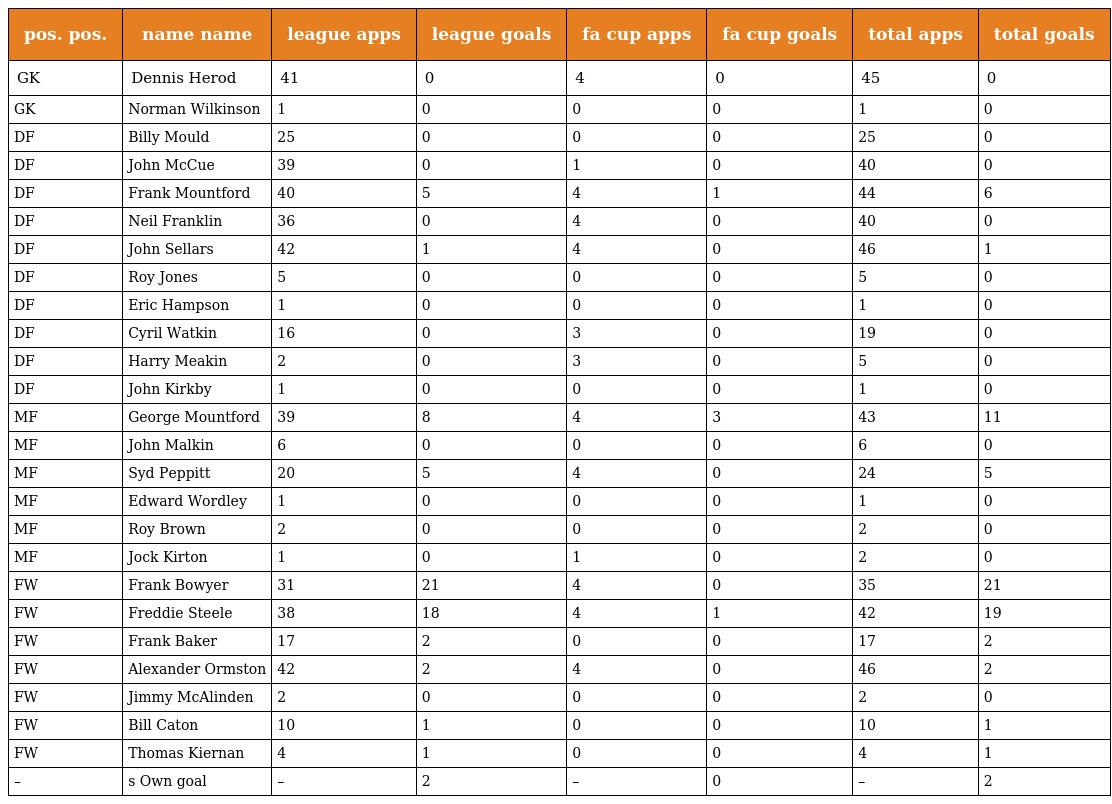
| pos. pos. | name name | league apps | league goals | fa cup apps | fa cup goals | total apps | total goals |
 | --- | --- | --- | --- | --- | --- | --- | --- |
 | GK | Dennis Herod | 41 | 0 | 4 | 0 | 45 | 0 |
 | GK | Norman Wilkinson | 1 | 0 | 0 | 0 | 1 | 0 |
 | DF | Billy Mould | 25 | 0 | 0 | 0 | 25 | 0 |
 | DF | John McCue | 39 | 0 | 1 | 0 | 40 | 0 |
 | DF | Frank Mountford | 40 | 5 | 4 | 1 | 44 | 6 |
 | DF | Neil Franklin | 36 | 0 | 4 | 0 | 40 | 0 |
 | DF | John Sellars | 42 | 1 | 4 | 0 | 46 | 1 |
 | DF | Roy Jones | 5 | 0 | 0 | 0 | 5 | 0 |
 | DF | Eric Hampson | 1 | 0 | 0 | 0 | 1 | 0 |
 | DF | Cyril Watkin | 16 | 0 | 3 | 0 | 19 | 0 |
 | DF | Harry Meakin | 2 | 0 | 3 | 0 | 5 | 0 |
 | DF | John Kirkby | 1 | 0 | 0 | 0 | 1 | 0 |
 | MF | George Mountford | 39 | 8 | 4 | 3 | 43 | 11 |
 | MF | John Malkin | 6 | 0 | 0 | 0 | 6 | 0 |
 | MF | Syd Peppitt | 20 | 5 | 4 | 0 | 24 | 5 |
 | MF | Edward Wordley | 1 | 0 | 0 | 0 | 1 | 0 |
 | MF | Roy Brown | 2 | 0 | 0 | 0 | 2 | 0 |
 | MF | Jock Kirton | 1 | 0 | 1 | 0 | 2 | 0 |
 | FW | Frank Bowyer | 31 | 21 | 4 | 0 | 35 | 21 |
 | FW | Freddie Steele | 38 | 18 | 4 | 1 | 42 | 19 |
 | FW | Frank Baker | 17 | 2 | 0 | 0 | 17 | 2 |
 | FW | Alexander Ormston | 42 | 2 | 4 | 0 | 46 | 2 |
 | FW | Jimmy McAlinden | 2 | 0 | 0 | 0 | 2 | 0 |
 | FW | Bill Caton | 10 | 1 | 0 | 0 | 10 | 1 |
 | FW | Thomas Kiernan | 4 | 1 | 0 | 0 | 4 | 1 |
 | – | s Own goal | – | 2 | – | 0 | – | 2 |